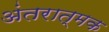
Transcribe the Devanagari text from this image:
अंतरात्मक